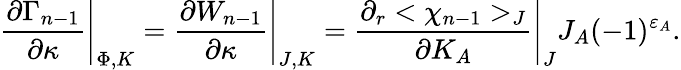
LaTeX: \left.{\frac{\partial\Gamma_{n-1}}{\partial\kappa}}\right|_{\Phi,K}=\left.{\frac{\partial W_{n-1}}{\partial\kappa}}\right|_{J,K}=\left.{\frac{\partial_{r}<\chi_{n-1}>_{J}}{\partial K_{A}}}\right|_{J}J_{A}(-1)^{\varepsilon_{A}}.